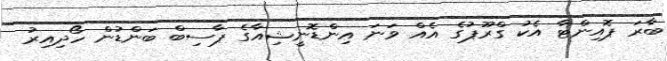
ބާރަ ޕޮއިންޓާ އެކު ގްރޫޕުގެ އެއް ވަނަ އިންޑޮނީޝިއާގެ ޕާސިބް ބަންޑުން ހޯދިއިރު